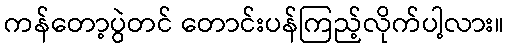
ကန်တော့ပွဲတင် တောင်းပန်ကြည့်လိုက်ပါ့လား။